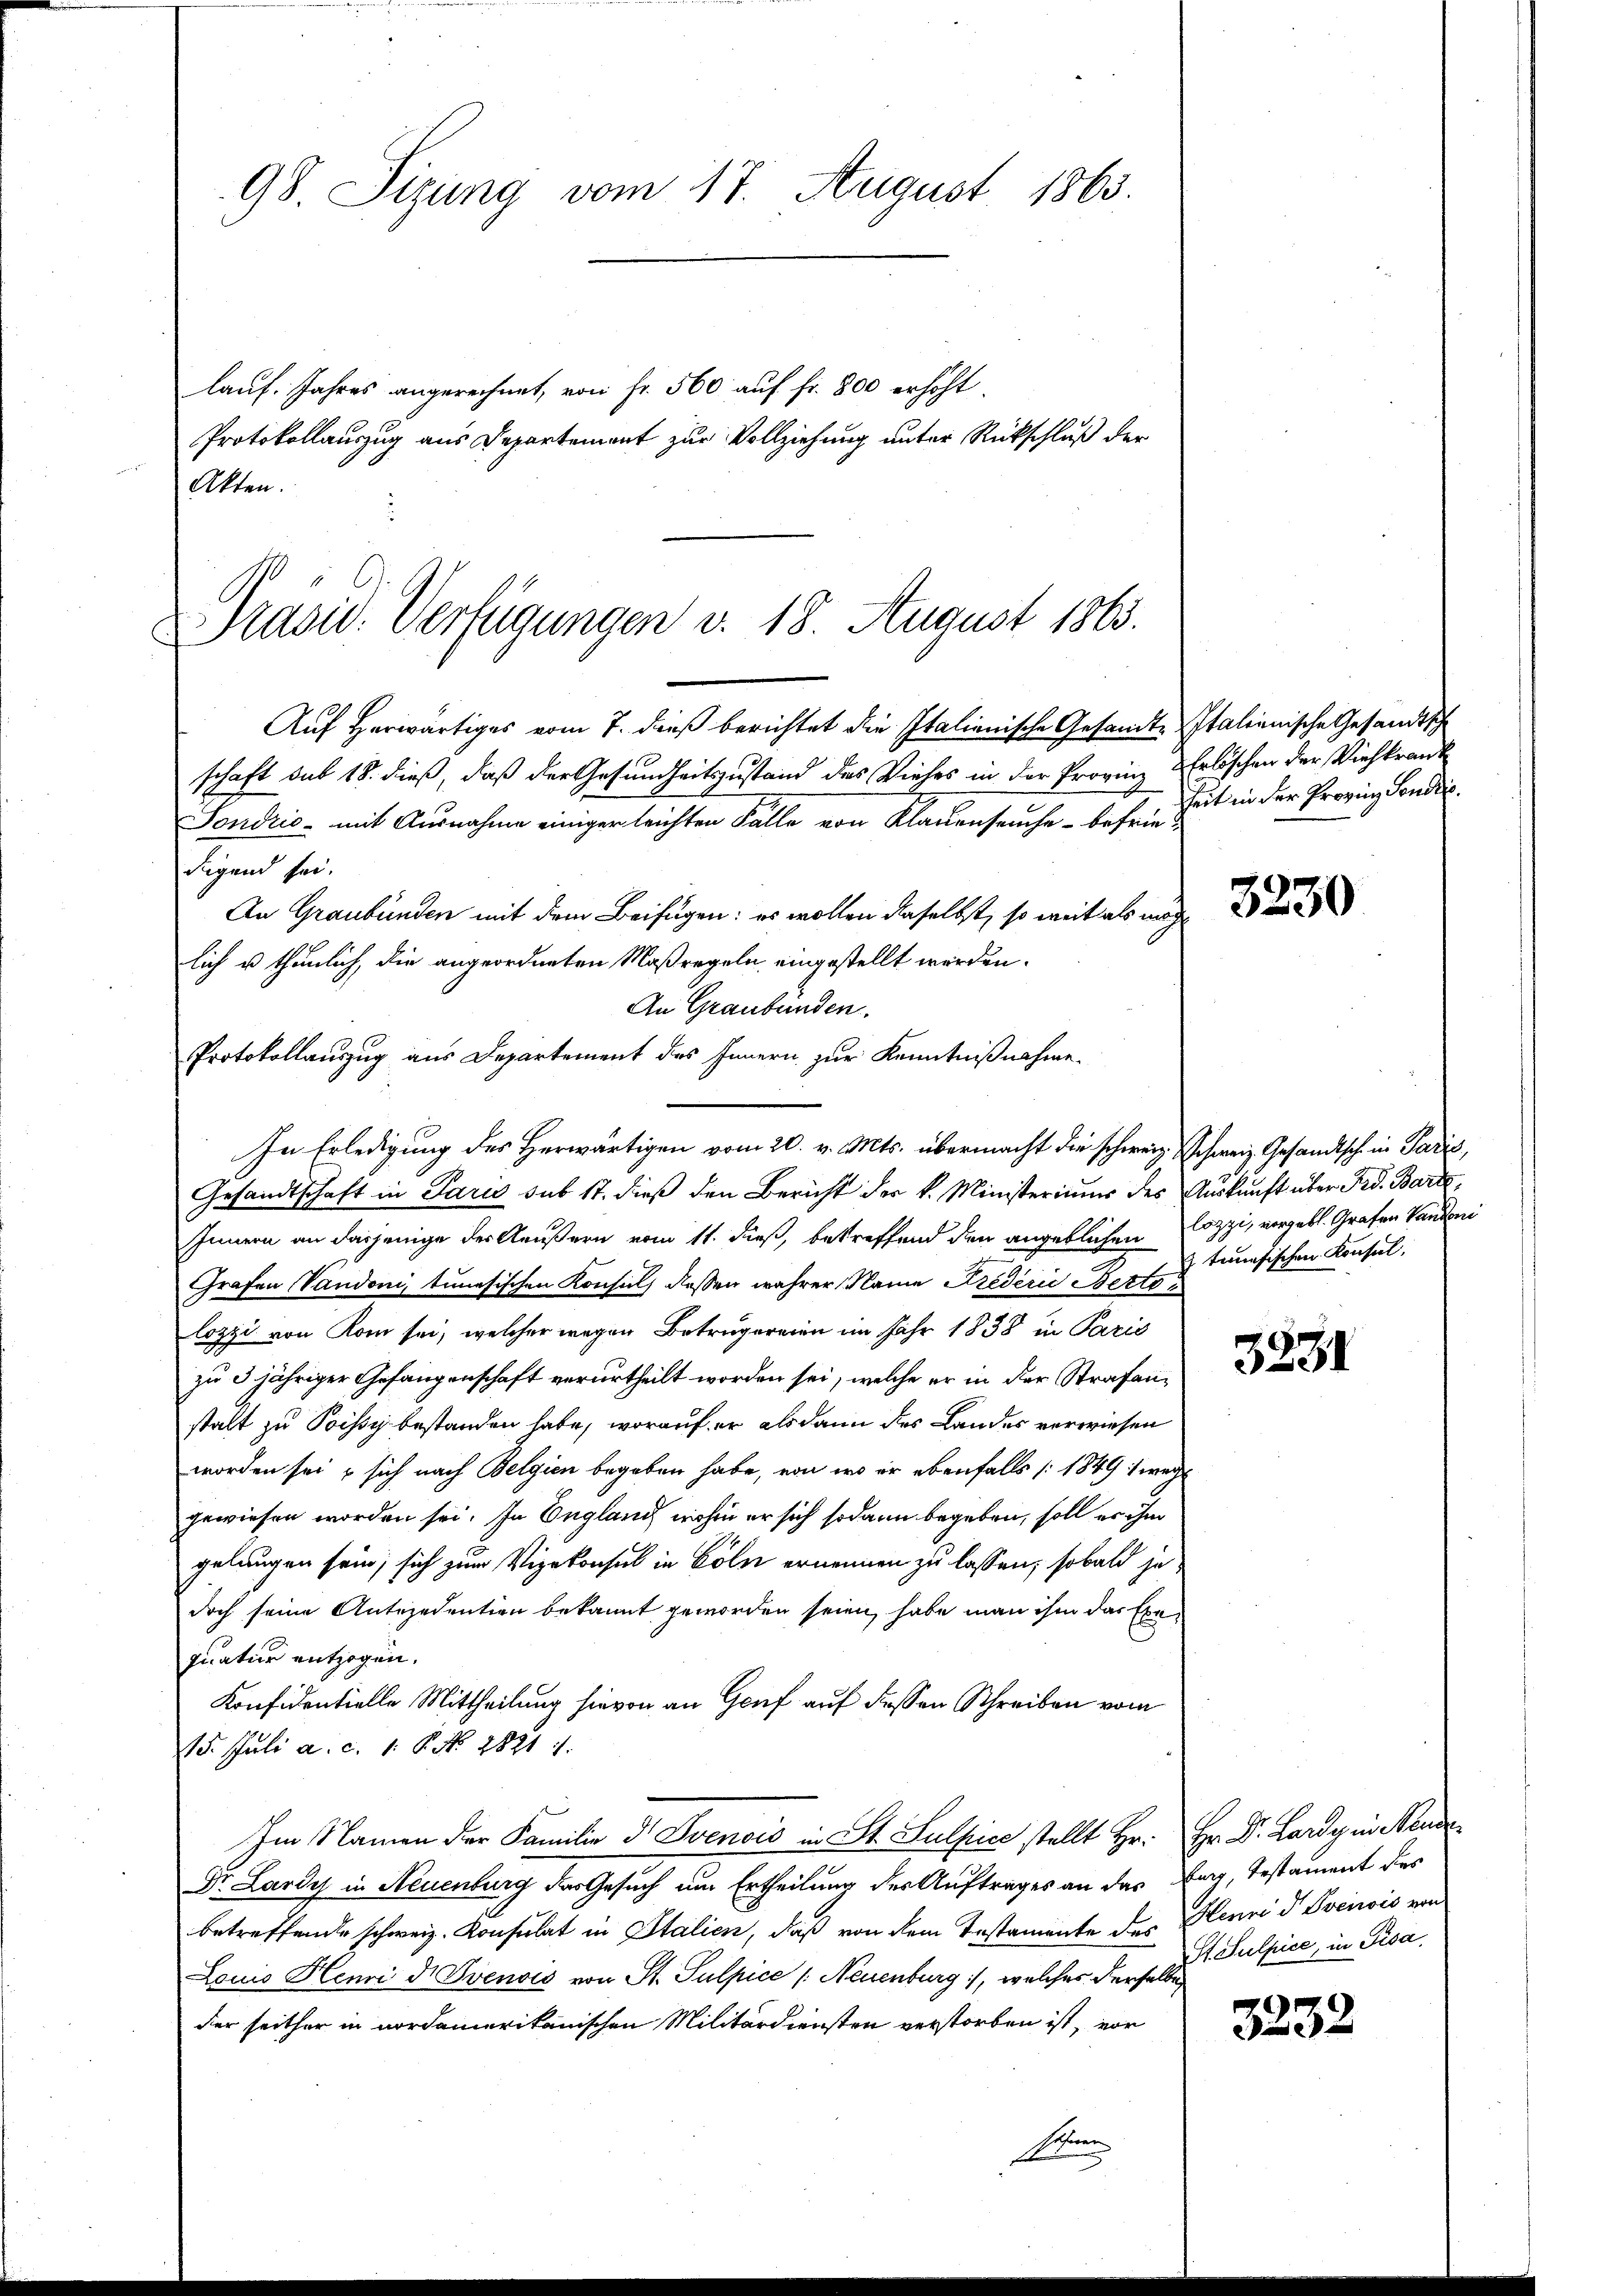
lauf. Jahres angerechnet, von Fr. 560 auf fr. 800 erhöht.
Protokollauszug aus Departement zur Vollziehung unter Rückschluß der
Akten.

98. Sizung vom 17. August 1863.

Präsid. Verfügungen d. 18. August 1863.

Auf herwärtiges vom 7. dieß berichtet die Italienische Gesandt-Italienische Gesandtsch
schaft sub 18. dieß, daß der Gesundheitszustand des Viehes in der Provinz u Erlöschen der Viehkrank¬
Sondrio mit Ausnahme einiger leichten Fälle von Klauenseuche - befried
Jugend sei.
An Graubünden mit dem Beifügen: es wollen daselbst, so weit als möch
lich u thunlich, die angeordneten Maßregeln eingestellt werden.
An Graubünden.
Protokollauszug aus Departement des Innern zur Kenntnißnahme.
In Erledigung des Herwärtigen vom 20. v. Mts. übermacht die schweiz. Schweiz. Gesandtsch in Paris,
Gesandtschaft in Paris sub 17. dieß den Bericht der k. Ministeriums des Auskunft über Frd. Barte,
Innern an dasjenige der Aeußern vom 11. dieß, betreffend den angeblichen Cozzi, vergebl. Grafen Vandoni
Grafen Vaudoni, tunesischen Konsuls dessen wahrer Name Préderie Nettolozzi von Rom sei, welcher wegen Betrugereien im Jahr 1838 in Paris
zu 3 jähriger Gefangenschaft verurtheilt worden sei, welche er in der Strafanstalt zu Poissy bestanden habe, worauf er alsdann des Landes verwiesen
worden sei & sich nach Belgien begeben habe, von wo er ebenfalls [1849 1 weg
gewiesen worden sei. In England nahm er sich sodann begeben, soll er ihm
gelangen sein; sich zum Vizekonsul in Cöln ernennen zu lassen, sobald je
doch seine Antezedention bekannt geworden seien, habe man ihm das Exequatur entzogen.
Konfidentielle Mittheilung hievon an Genf auf dessen Schreiben vom
15. Juli a. c. 1. 6. No. 1821.
Im Namen der Familie d Svenois in St. Sulpice stellt Hr. Hr. Dr. Lardy in Neue
Dr. Lardys in Neuenburg das Gesuch um Ertheilung des Auftrages an das Berg, Testament des
betreffende schweiz. Konsulat in Italien, daß von dem Testamente des Henni d Sveiwis von
Louis Henri d Svenois von St. Sulpice /: Neuenburg, welches derselbe
der seither in nordamerikanischen Militärdiensten verstorben ist, vor
se

Zeit in der Provinz Sendii.

3230

3 tenesischen Konsil.

3231

3232

St. Sulpice, in Pisa